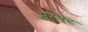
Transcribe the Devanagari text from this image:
सर्पट